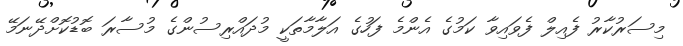
މިސަރުކާރު ފެއިލް ފެވައިވާ ކަމުގެ އެންމެ ފަހުގެ އަލާމާތަކީ މުދައްރިސުންގެ މުސާރަ ބޮޑުކޮށްދޭނަމޭ